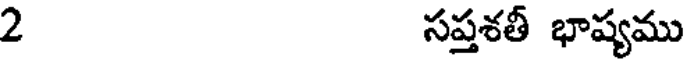
2 సప్తశతీ భాష్యము